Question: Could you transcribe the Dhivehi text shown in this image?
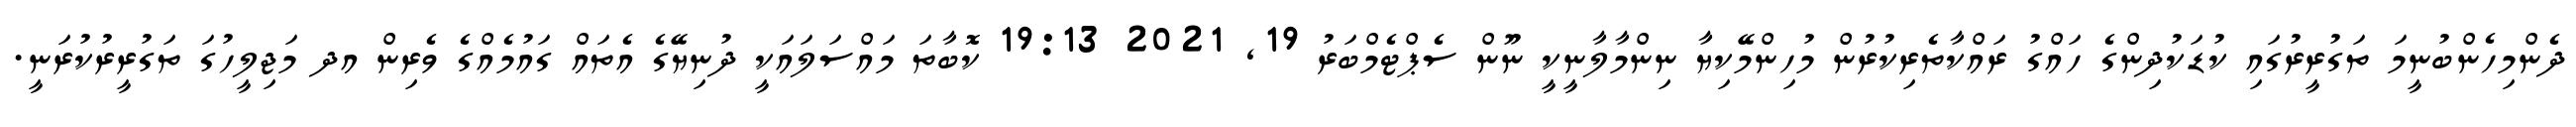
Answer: ދެންމިހެންބުނީމަ ތަގުރީރުގައި ކުޑަކުދިންގެ ހައްގު ރައްކާތެރިކުރުން މުހިންމޭކިޔާ ނިންމާލާނީކީ ނޫން ސެޕްޓެމްބަރު 19, 2021 19:13 ކޮބާތަ މައްސަލައަކީ ދުނިޔޭގެ އެތައް ގައުމެއްގެ ވެރިން އދ މަޖިލީހުގަ ތަގުރީރުކުރަނީ.